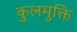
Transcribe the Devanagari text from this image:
कुलमुक्ति